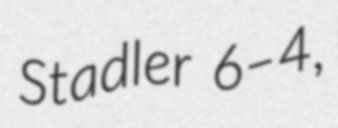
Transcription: Stadler 6–4,